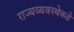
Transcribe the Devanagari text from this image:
राज्यव्यवस्थेकडे